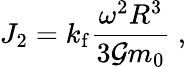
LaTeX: J_{2}=k_{\mathrm{f}}\frac{\omega^{2}R^{3}}{3\mathcal{G}m_{0}}\ ,